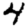
Digit: 4